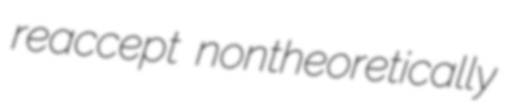
reaccept nontheoretically